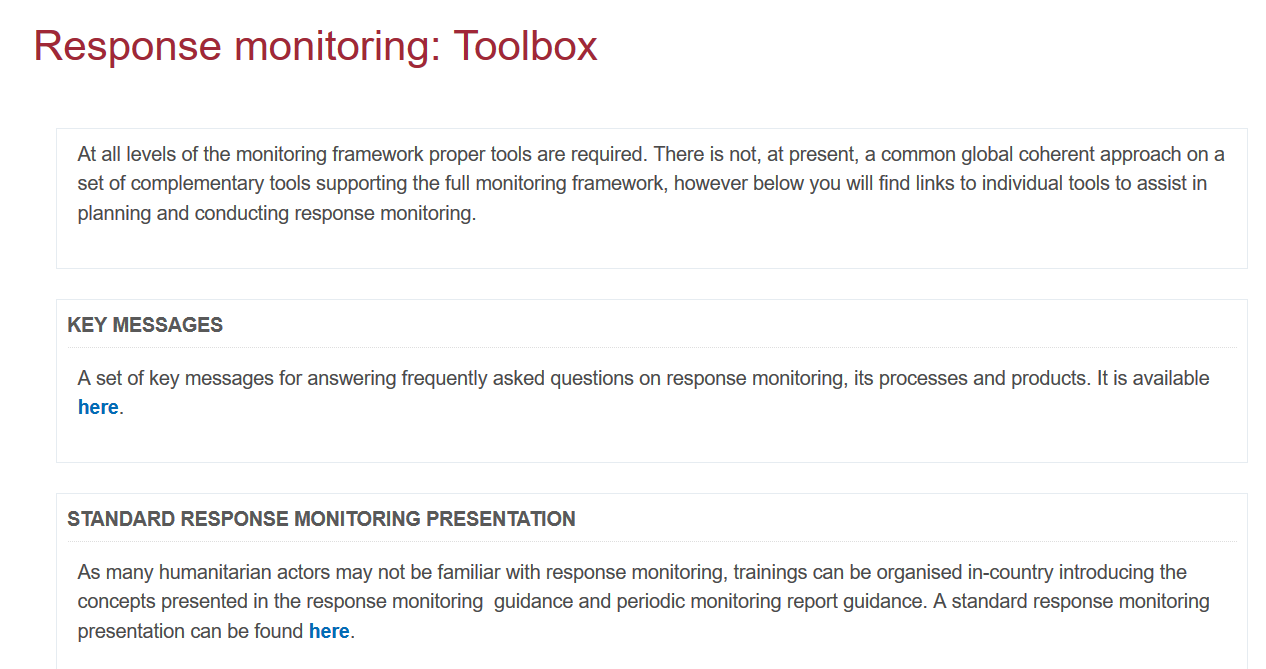
At all levels of the monitoring framework proper tools are required. There is not, at present, a common global coherent approach on a
     set of complementary tools supporting the full monitoring framework, however below you will find links to individual tools to assist in
     planning and conducting response monitoring.
     Aset of key messages for answering frequently asked questions on response monitoring, its processes and products. It is available
     here.
     KEY  MESSAGES
     STANDARD    RESPONSE  MONITORING    PRESENTATION
     As many  humanitarian actors may not be familiar with response monitoring, trainings can be organised in-country introducing the
     concepts presented in the response monitoring guidance and periodic monitoring report guidance. A standard response monitoring
     presentation can be found here.
    Response    monitoring:    Toolbox